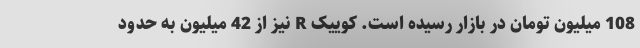
108 میلیون تومان در بازار رسیده است. کوییک R نیز از 42 میلیون به حدود